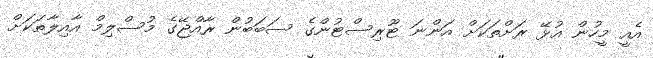
އެއީ މީހުން އުޅޭ ރަށްތަކަށް އަންނަ ޓޫރިސްޓުންގެ ސަބަބުން ރާއްޖޭގެ މުސްލިމް އާއިލާތަކަށް